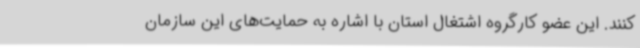
کنند. این عضو کارگروه اشتغال استان با اشاره به حمایت‌های این سازمان